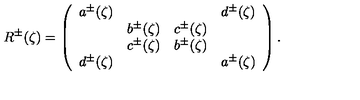
R ^ { \pm } ( \zeta ) = \left( \begin{array} { c c c c } { a ^ { \pm } ( \zeta ) } & { } & { } & { d ^ { \pm } ( \zeta ) } \\ { } & { b ^ { \pm } ( \zeta ) } & { c ^ { \pm } ( \zeta ) } & { } \\ { } & { c ^ { \pm } ( \zeta ) } & { b ^ { \pm } ( \zeta ) } & { } \\ { d ^ { \pm } ( \zeta ) } & { } & { } & { a ^ { \pm } ( \zeta ) } \\ \end{array} \right) .